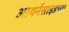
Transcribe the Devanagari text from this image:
आयर्नसाइडच्या